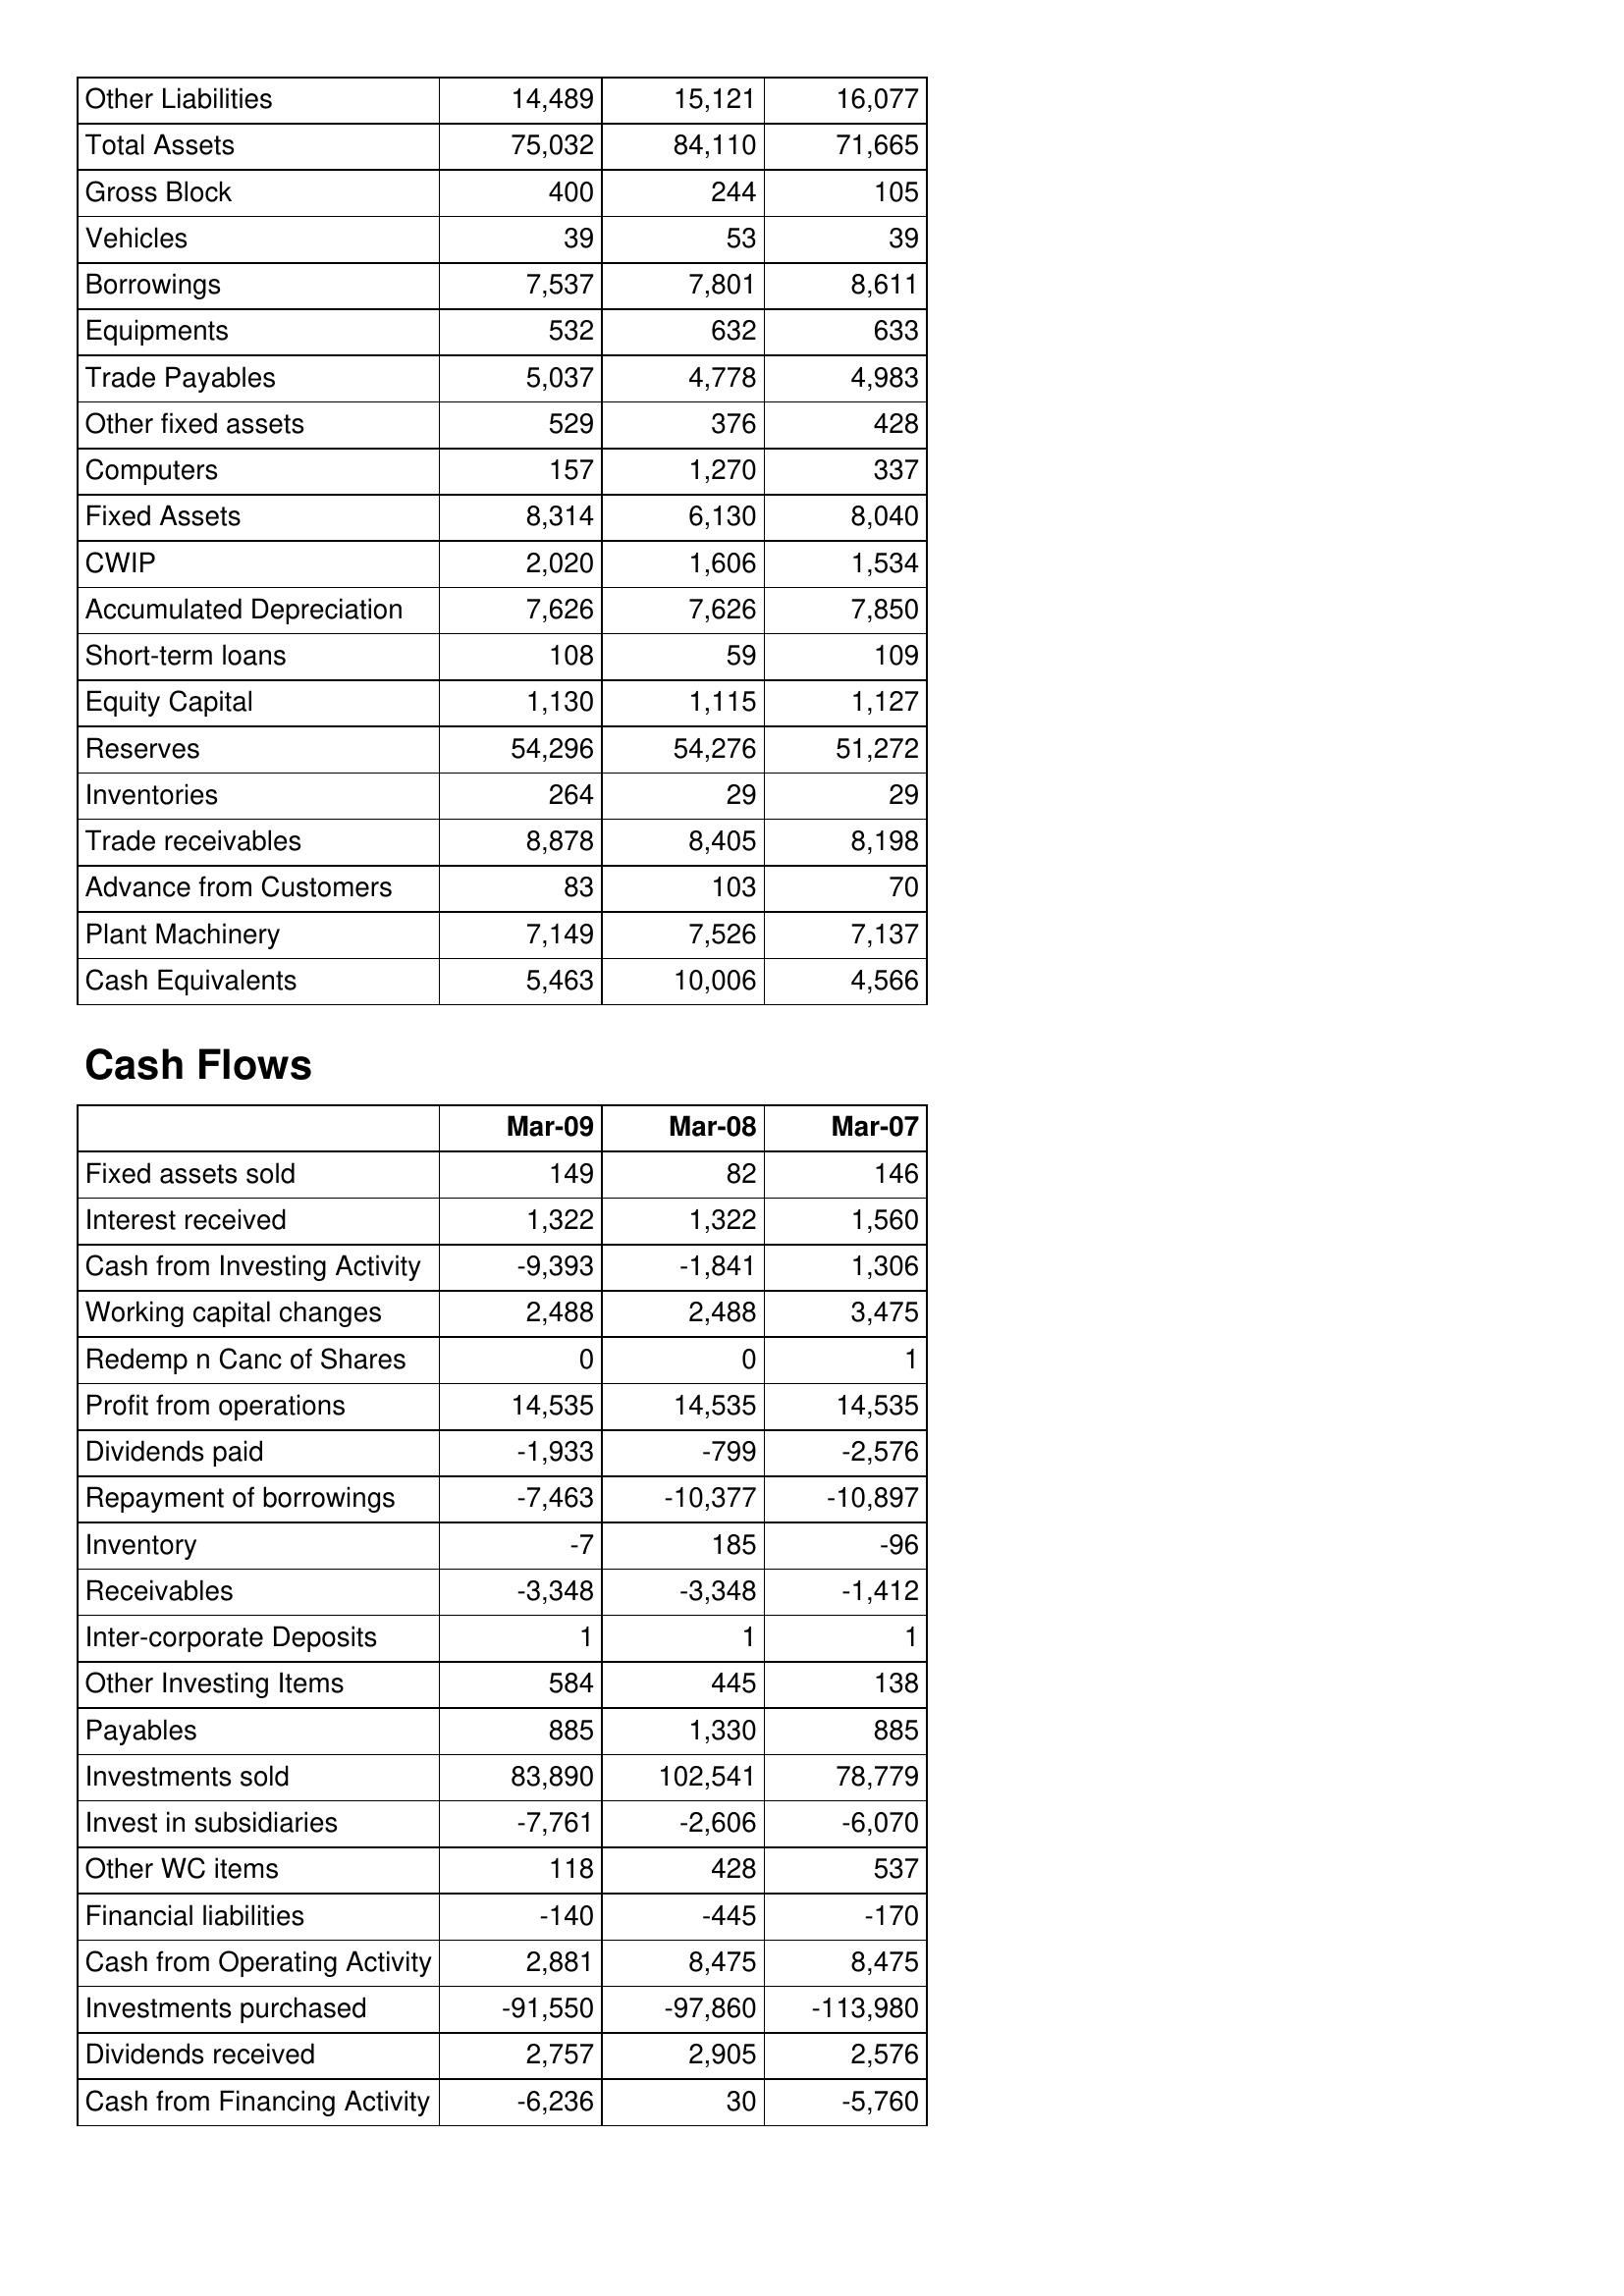
Mar-09: Balance Sheet: Other Liabilities: 14,489
Total Assets: 75,032
Gross Block: 400
Vehicles: 39
Borrowings: 7,537
Equipments: 532
Trade Payables: 5,037
Other fixed assets: 529
Computers: 157
Fixed Assets: 8,314
CWIP: 2,020
Accumulated Depreciation: 7,626
Short-term loans: 108
Equity Capital: 1,130
Reserves: 54,296
Inventories: 264
Trade receivables: 8,878
Advance from Customers: 83
Plant Machinery: 7,149
Cash Equivalents: 5,463
Cash Flows: Fixed assets sold: 149
Interest received: 1,322
Cash from Investing Activity: -9,393
Working capital changes: 2,488
Redemp n Canc of Shares: 0
Profit from operations: 14,535
Dividends paid: -1,933
Repayment of borrowings: -7,463
Inventory: -7
Receivables: -3,348
Inter-corporate Deposits: 1
Other Investing Items: 584
Payables: 885
Investments sold: 83,890
Invest in subsidiaries: -7,761
Other WC items: 118
Financial liabilities: -140
Cash from Operating Activity: 2,881
Investments purchased: -91,550
Dividends received: 2,757
Cash from Financing Activity: -6,236
Mar-08: Balance Sheet: Other Liabilities: 15,121
Total Assets: 84,110
Gross Block: 244
Vehicles: 53
Borrowings: 7,801
Equipments: 632
Trade Payables: 4,778
Other fixed assets: 376
Computers: 1,270
Fixed Assets: 6,130
CWIP: 1,606
Accumulated Depreciation: 7,626
Short-term loans: 59
Equity Capital: 1,115
Reserves: 54,276
Inventories: 29
Trade receivables: 8,405
Advance from Customers: 103
Plant Machinery: 7,526
Cash Equivalents: 10,006
Cash Flows: Fixed assets sold: 82
Interest received: 1,322
Cash from Investing Activity: -1,841
Working capital changes: 2,488
Redemp n Canc of Shares: 0
Profit from operations: 14,535
Dividends paid: -799
Repayment of borrowings: -10,377
Inventory: 185
Receivables: -3,348
Inter-corporate Deposits: 1
Other Investing Items: 445
Payables: 1,330
Investments sold: 102,541
Invest in subsidiaries: -2,606
Other WC items: 428
Financial liabilities: -445
Cash from Operating Activity: 8,475
Investments purchased: -97,860
Dividends received: 2,905
Cash from Financing Activity: 30
Mar-07: Balance Sheet: Other Liabilities: 16,077
Total Assets: 71,665
Gross Block: 105
Vehicles: 39
Borrowings: 8,611
Equipments: 633
Trade Payables: 4,983
Other fixed assets: 428
Computers: 337
Fixed Assets: 8,040
CWIP: 1,534
Accumulated Depreciation: 7,850
Short-term loans: 109
Equity Capital: 1,127
Reserves: 51,272
Inventories: 29
Trade receivables: 8,198
Advance from Customers: 70
Plant Machinery: 7,137
Cash Equivalents: 4,566
Cash Flows: Fixed assets sold: 146
Interest received: 1,560
Cash from Investing Activity: 1,306
Working capital changes: 3,475
Redemp n Canc of Shares: 1
Profit from operations: 14,535
Dividends paid: -2,576
Repayment of borrowings: -10,897
Inventory: -96
Receivables: -1,412
Inter-corporate Deposits: 1
Other Investing Items: 138
Payables: 885
Investments sold: 78,779
Invest in subsidiaries: -6,070
Other WC items: 537
Financial liabilities: -170
Cash from Operating Activity: 8,475
Investments purchased: -113,980
Dividends received: 2,576
Cash from Financing Activity: -5,760